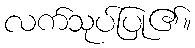
လက်သုပ်ပြု၏။